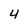
Character: 4